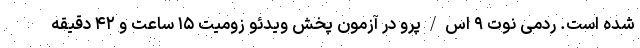
شده است. ردمی نوت ۹ اس/پرو در آزمون پخش ویدئو زومیت ۱۵ ساعت و ۴۲ دقیقه